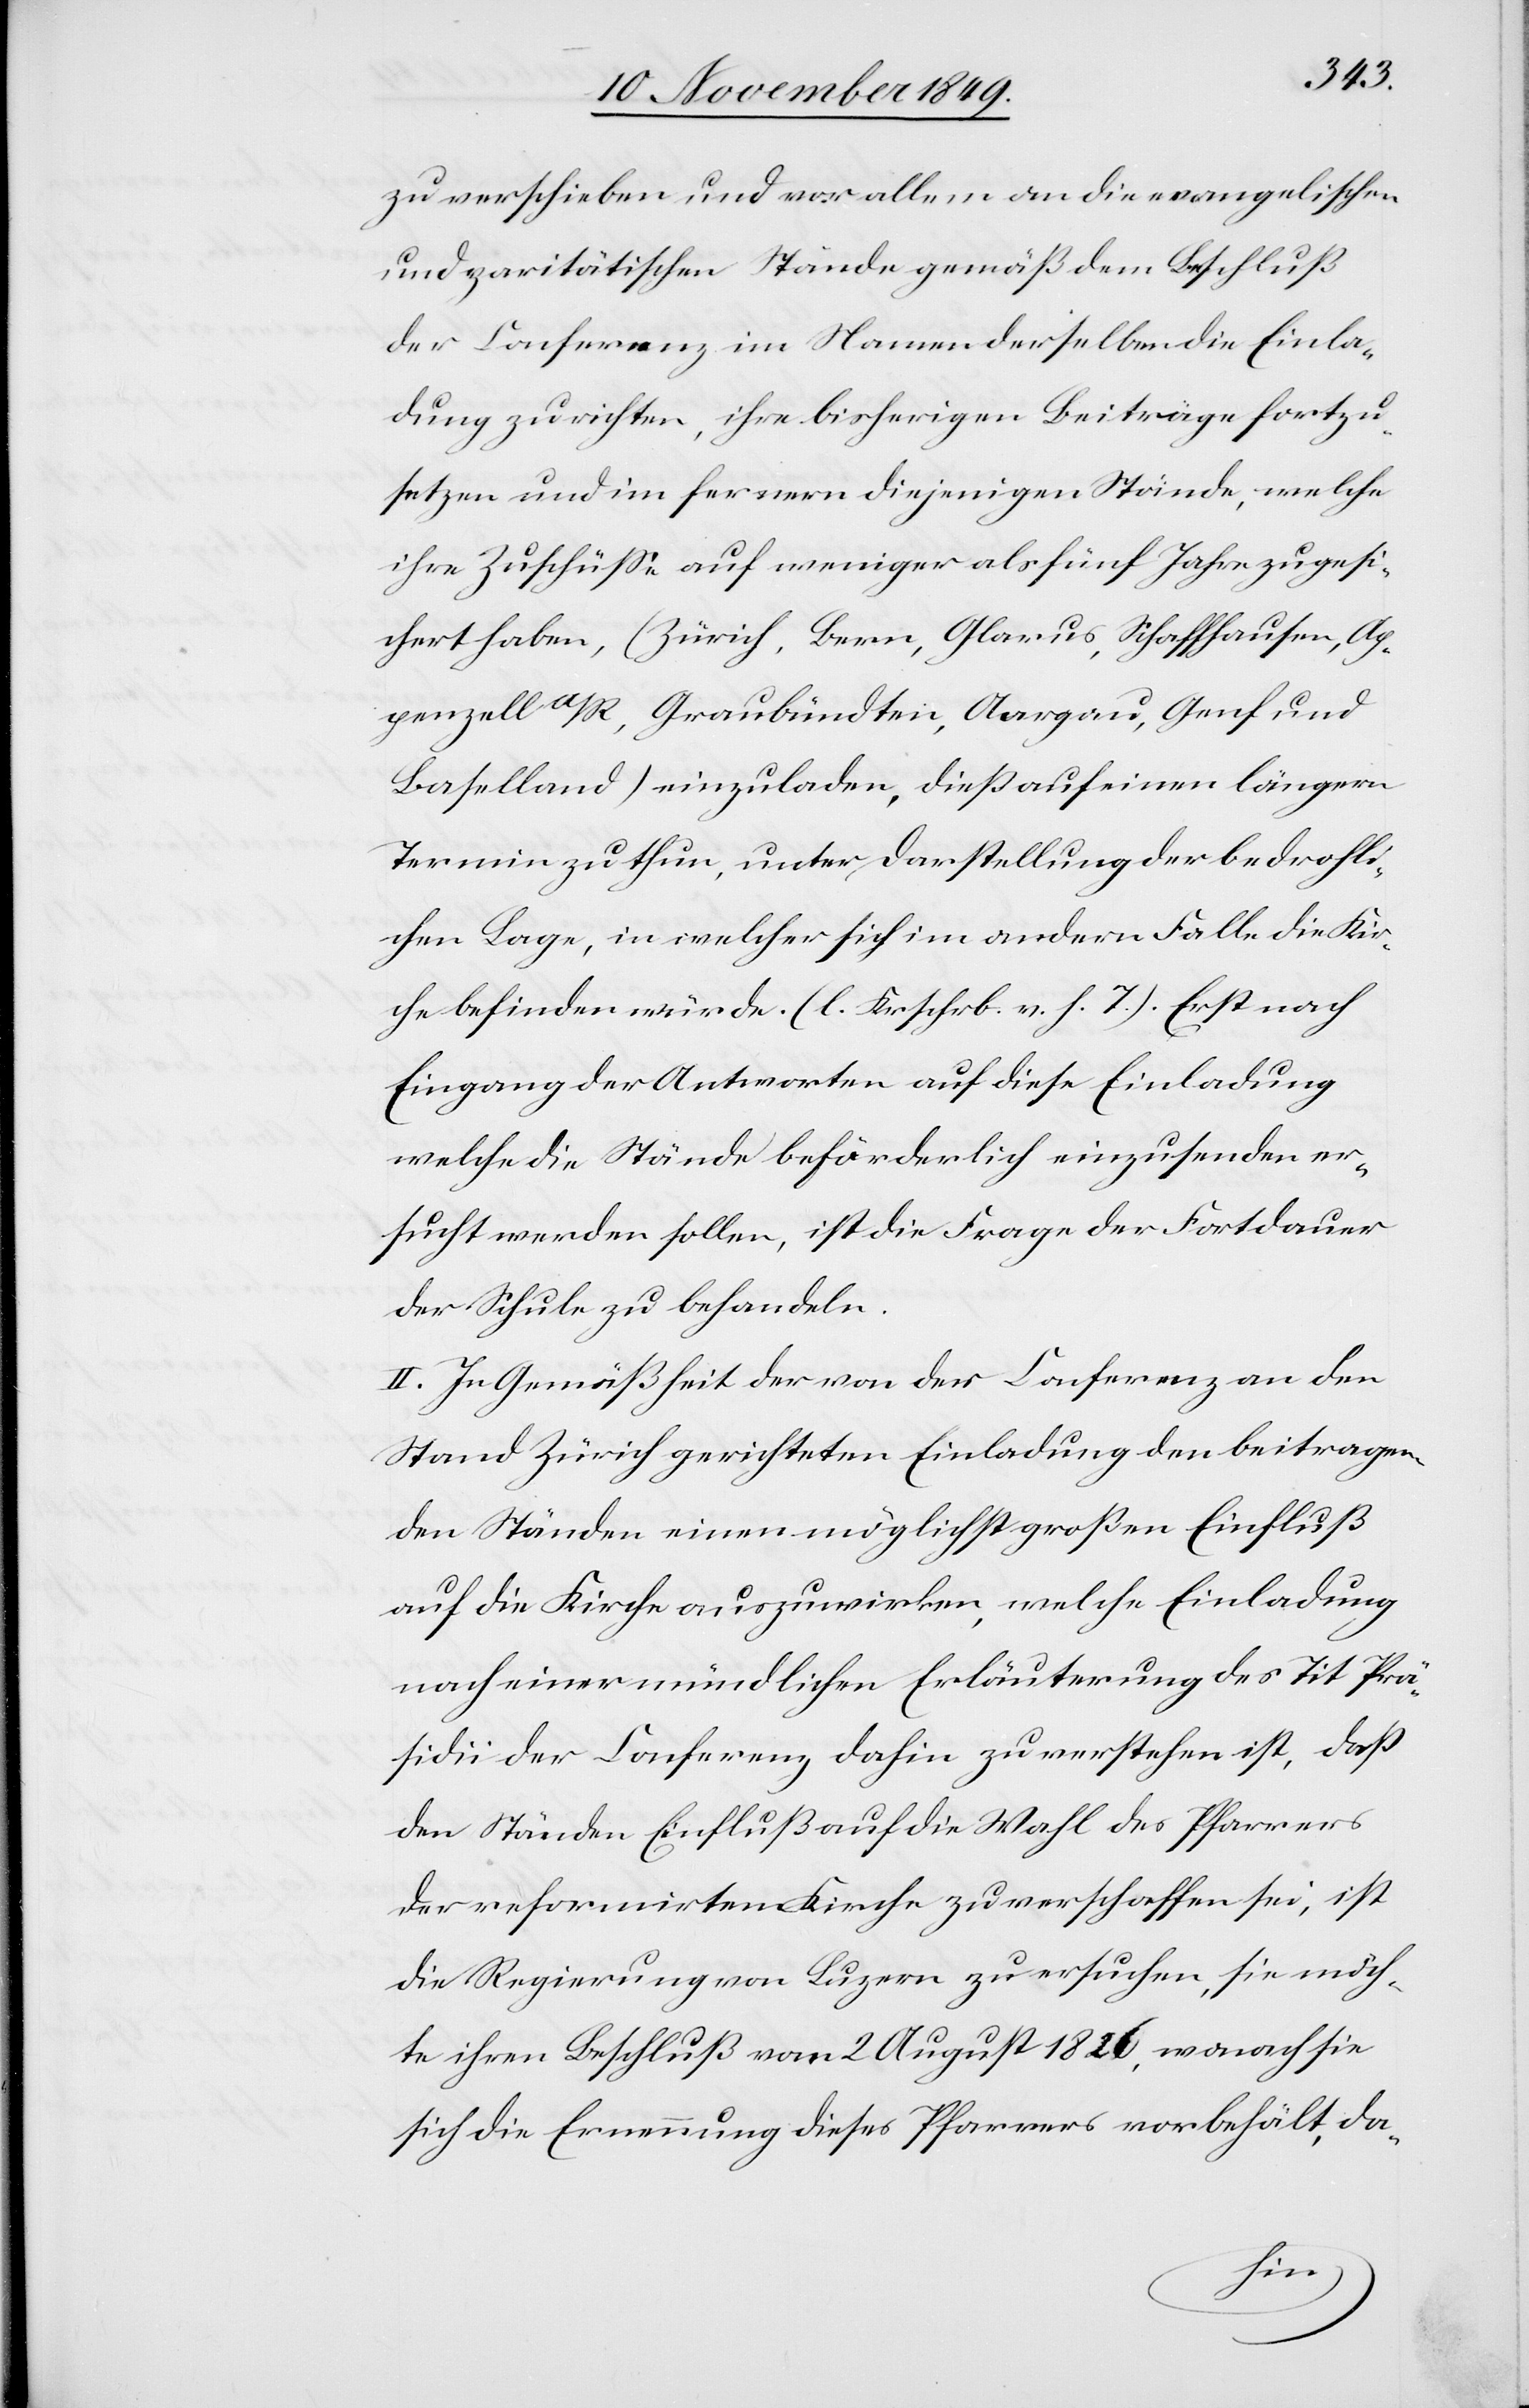
zu verschieben und vor allem an die evangelischen
und paritätischen Stände gemäß dem Beschluß
der Conferenz im Namen derselben die Einla¬
dung zu richten, ihre bisherigen Beiträge fortzu¬
setzen und im fernern diejenigen Stände, welche
ihre Zuschüße auf weniger als fünf Jahre zugesi¬
chert haben, (Zürich, Bern, Glarus, Schaffhausen, Ap¬
penzell a/R, Graubündten, Aargau, Genf und
Baselland) einzuladen, dieß auf einen längern
Termin zu thun, unter Darstellung der bedrohli¬
chen Lage, in welcher sich im andern Falle die Kir¬
che befinden würde. [l. Krschrb. v. h. T] Erst nach
Eingang der Antworten auf diese Einladung
welche die Stände beförderlich einzusenden er¬
sucht werden sollen, ist die Frage der Fortdauer
der Schule zu behandeln.
II. In Gemäßheit der von der Conferenz an den
Stand Zürich gerichteten Einladung den beitragen¬
den Ständen einen möglichst großen Einfluß
auf die Kirche auszuwirken, welche Einladung
nach einer mündlichen Erläuterung des Tit Prä¬
sidii der Conferenz dahin zu verstehen ist, daß
den Ständen Einfluß auf die Wahl des Pfarrers
der reformirten Kirche zu verschaffen sei, ist
die Regierung von Luzern zu ersuchen, sie möch¬
te ihren Beschluß vom 2 August 1826, wonach sie
sich die Ernennung dieses Pfarrers vorbehält, da-